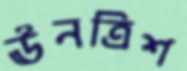
ঊনত্রিশ